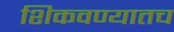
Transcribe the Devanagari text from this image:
शिकवण्यातच